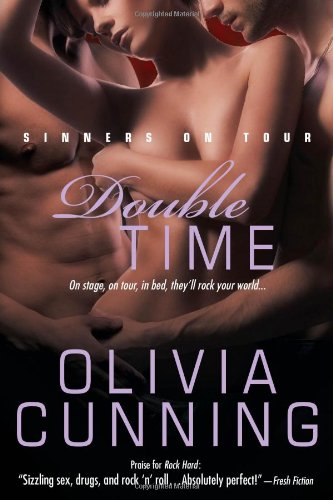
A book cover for Double Time (The Sinners on Tour); Olivia Cunning; Romance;